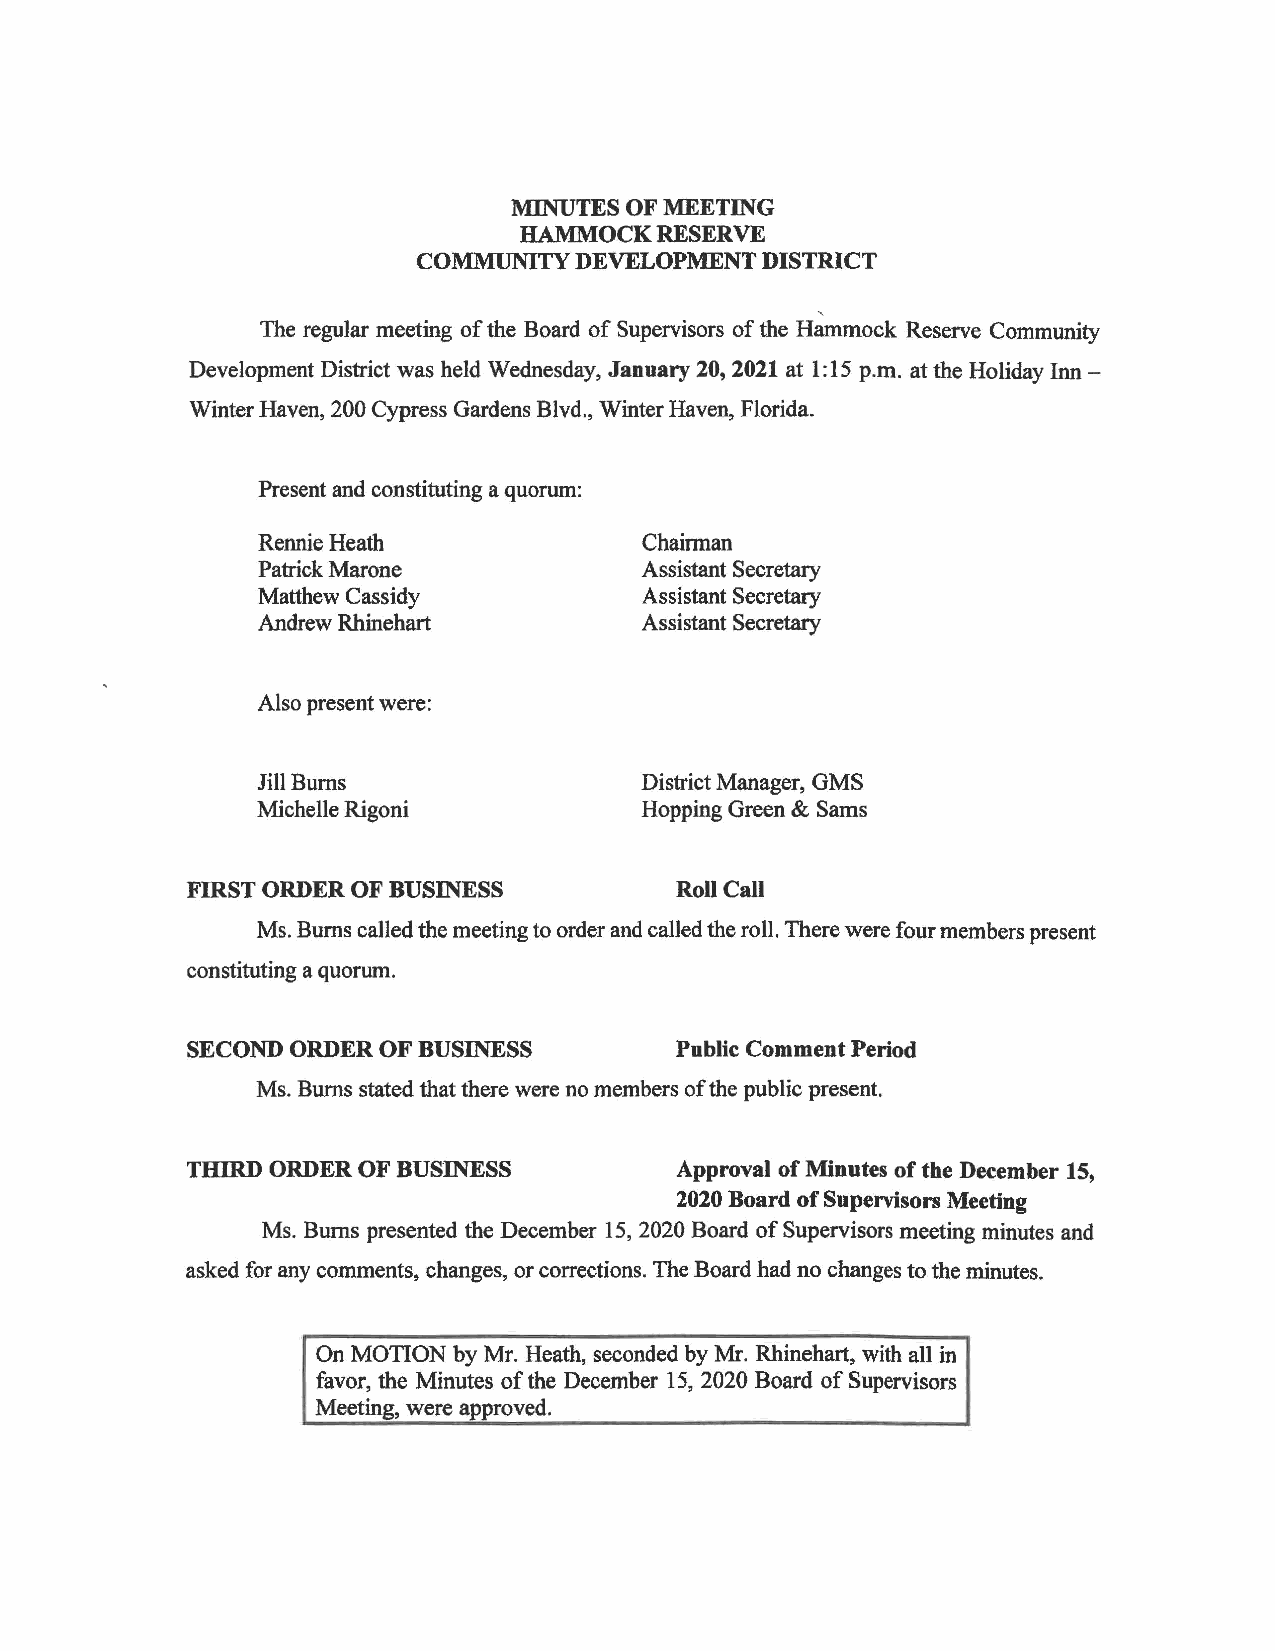
MINUTES OF MEETING
 HAMMOCK  RESERVE
 COMMUNITY DEVELOPMENT  DISTRICT
 '
 The regular meeting of the Board of Supervisors of the Hammock Reserve Community
 Development District was held Wednesday, January 20, 2021 at 1:15 p.m. at the Holiday Inn -
 Winter Haven, 200 Cypress Gardens Blvd., Winter Haven, Florida.
 Present and constituting a quorum:
 Rennie Heath              Chairman
 Patrick Marone            Assistant Secretary
 Matthew Cassidy           Assistant Secretary
 Andrew Rhinehart          Assistant Secretary
 Also present were:
 Jill Bums                 District Manager, GMS
 Michelle Rigoni           Hopping Green & Sams
 FIRST ORDER OF BUSINESS         Roll Call
 Ms. Bums called the meeting to order and called the roll. There were four members present
 constituting a quorum.
 SECOND ORDER OF BUSINESS        Public Comment Period
 Ms. Bums stated that there were no members of the public present.
 THIRD ORDER OF BUSINESS         Approval of Minutes of the December 15,
 2020 Board of Supervisors Meeting
 Ms. Bums presented the December 15, 2020 Board of Supervisors meeting minutes and
 asked for any comments, changes, or corrections. The Board had no changes to the minutes.
 On MOTION by Mr. Heath, seconded by Mr. Rhinehart, with all in
 favor, the Minutes of the December 15, 2020 Board of Supervisors
 Meeting, were approved.